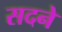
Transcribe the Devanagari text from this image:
सदने